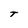
Character: T